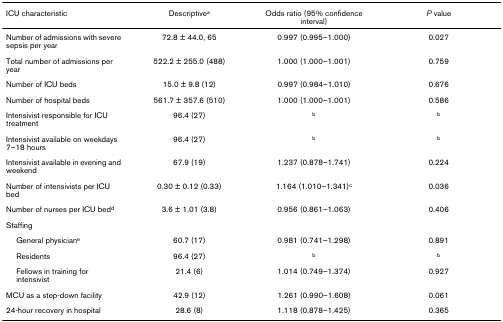
<table><thead><tr><td><b>ICU characteristic</b></td><td><b>Descriptive<sup>a</sup></b></td><td><b>Odds ratio (95% confidence interval)</b></td><td><b><i>P </i>value</b></td></tr></thead><tbody><tr><td>Number of admissions with severe sepsis per year</td><td>72.8 ± 44.0, 65</td><td>0.997 (0.995–1.000)</td><td>0.027</td></tr><tr><td>Total number of admissions per year</td><td>522.2 ± 255.0 (488)</td><td>1.000 (1.000–1.001)</td><td>0.759</td></tr><tr><td>Number of ICU beds</td><td>15.0 ± 9.8 (12)</td><td>0.997 (0.984–1.010)</td><td>0.676</td></tr><tr><td>Number of hospital beds</td><td>561.7 ± 357.6 (510)</td><td>1.000 (1.000–1.001)</td><td>0.586</td></tr><tr><td>Intensivist responsible for ICU treatment</td><td>96.4 (27)</td><td><sup>b</sup></td><td><sup>b</sup></td></tr><tr><td>Intensivist available on weekdays 7–18 hours</td><td>96.4 (27)</td><td><sup>b</sup></td><td><sup>b</sup></td></tr><tr><td>Intensivist available in evening and weekend</td><td>67.9 (19)</td><td>1.237 (0.878–1.741)</td><td>0.224</td></tr><tr><td>Number of intensivists per ICU bed</td><td>0.30 ± 0.12 (0.33)</td><td>1.164 (1.010–1.341)<sup>c</sup></td><td>0.036</td></tr><tr><td>Number of nurses per ICU bed<sup>d</sup></td><td>3.6 ± 1.01 (3.8)</td><td>0.956 (0.861–1.063)</td><td>0.406</td></tr><tr><td>Staffing</td><td></td><td></td><td></td></tr><tr><td> General physician<sup>e</sup></td><td>60.7 (17)</td><td>0.981 (0.741–1.298)</td><td>0.891</td></tr><tr><td> Residents</td><td>96.4 (27)</td><td><sup>b</sup></td><td><sup>b</sup></td></tr><tr><td> Fellows in training for intensivist</td><td>21.4 (6)</td><td>1.014 (0.749–1.374)</td><td>0.927</td></tr><tr><td>MCU as a step-down facility</td><td>42.9 (12)</td><td>1.261 (0.990–1.608)</td><td>0.061</td></tr><tr><td>24-hour recovery in hospital</td><td>28.6 (8)</td><td>1.118 (0.878–1.425)</td><td>0.365</td></tr></tbody></table>